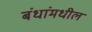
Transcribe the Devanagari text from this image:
बंधांमधील